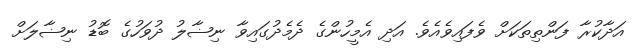
އަދާކުރާ ފަންތިތަކަށް ވެފައިވެއެވެ. އަދި އެމީހުންގެ ދެމެދުގައިވާ ނިޟާލު ދުވަހުގެ ބޮޑު ނިޟާލަށް